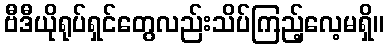
ဗီဒီယိုရုပ်ရှင်တွေလည်းသိပ်ကြည့်လေ့မရှိ။